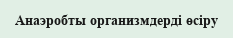
Анаэробты организмдерді өсіру